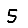
Digit: 5